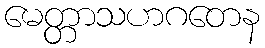
မေတ္တာသဟဂတေန